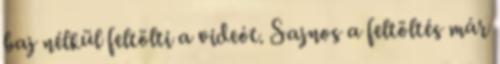
baj nélkül feltölti a videót. Sajnos a feltöltés már